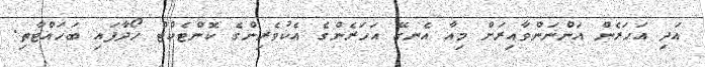
އަދި އަހަރެން އަންނަންވާއިރަށް މިއާ އެނގޭ އަހަރެންގެ އެކުވެރިންގެ ކޮންޓެކްޓް ހޯދާފައި ބަހައްޓާތި.